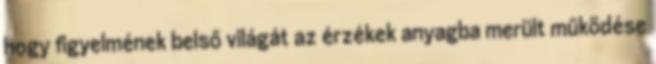
hogy figyelmének belső világát az érzékek anyagba merült működése